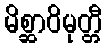
မိစ္ဆာဝိမုတ္တီ